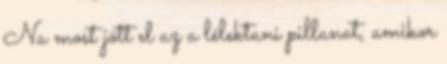
Na most jött el az a lélektani pillanat, amikor